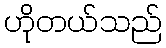
ဟိုတယ်သည်